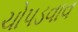
ચોપડવાવ